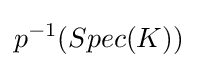
p^{-1}(Spec(K))